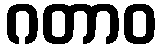
ဂတာဝ